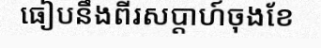
ធៀបនឹងពីរសប្តាហ៍ចុងខែ